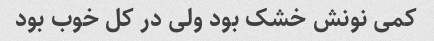
کمی نونش خشک بود ولی در کل خوب بود